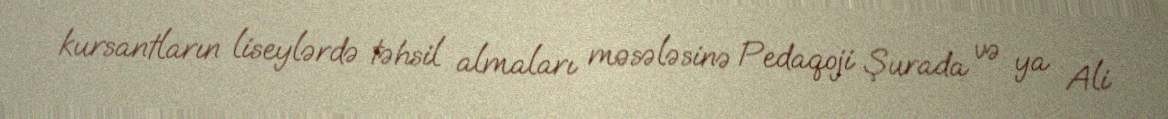
kursantların liseylərdə təhsil almaları məsələsinə Pedaqoji Şurada və ya Ali